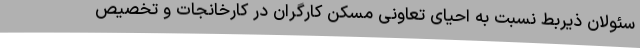
سئولان ذیربط نسبت به احیای تعاونی مسکن کارگران در کارخانجات و تخصیص